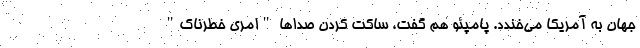
جهان به آمریکا می‌خندد. پامپئو هم گفت، ساکت کردن صداها "امری خطرناک"